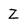
Character: Z